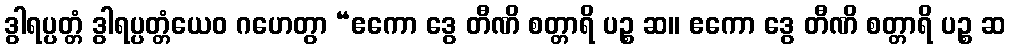
ဒွါရပ္ပတ္တံ ဒွါရပ္ပတ္တံယေဝ ဂဟေတွာ “ဧကော ဒွေ တီဏိ စတ္တာရိ ပဉ္စ ဆ။ ဧကော ဒွေ တီဏိ စတ္တာရိ ပဉ္စ ဆ